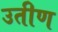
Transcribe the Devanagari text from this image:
उतीण